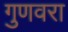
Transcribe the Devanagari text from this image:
गुणवरा